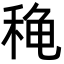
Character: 𬓫